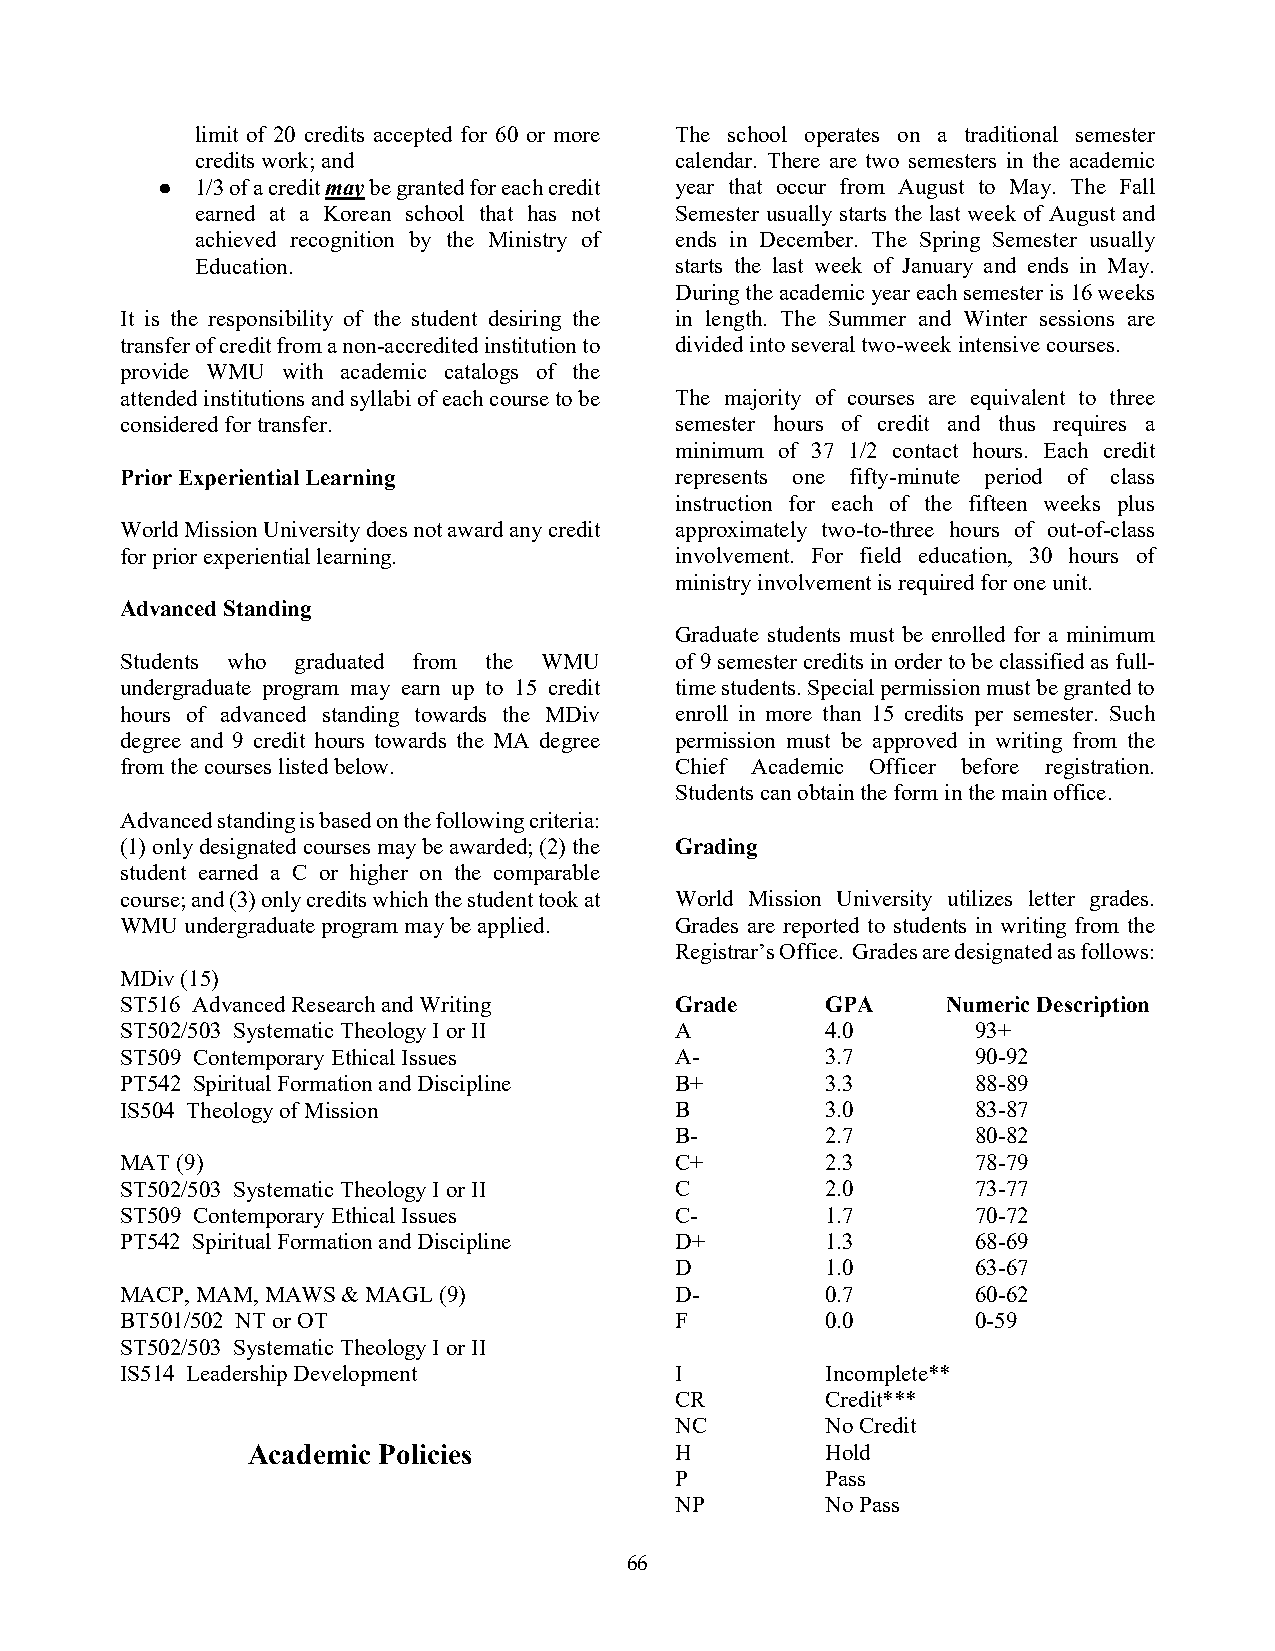
limit of 20 credits accepted for 60 or more The school operates on a traditional semester
 credits work; and               calendar. There are two semesters in the academic
 ●  1/3 of a credit may be granted for each credit year that occur from August to May. The Fall
 earned at a Korean school that has not Semester usually starts the last week of August and
 achieved recognition by the Ministry of ends in December. The Spring Semester usually
 Education.                      starts the last week of January and ends in May.
 During the academic year each semester is 16 weeks
 It is the responsibility of the student desiring the in length. The Summer and Winter sessions are
 transfer of credit from a non-accredited institution to divided into several two-week intensive courses.
 provide WMU with academic catalogs of the
 attended institutions and syllabi of each course to be The majority of courses are equivalent to three
 considered for transfer.             semester hours of credit and thus requires a
 minimum of 37 1/2 contact hours. Each credit
 Prior Experiential Learning          represents one fifty-minute period of class
 instruction for each of the fifteen weeks plus
 World Mission University does not award any credit approximately two-to-three hours of out-of-class
 for prior experiential learning.     involvement. For field education, 30 hours of
 ministry involvement is required for one unit.
 Advanced Standing
 Graduate students must be enrolled for a minimum
 Students who graduated from the WMU  of 9 semester credits in order to be classified as full-
 undergraduate program may earn up to 15 credit time students. Special permission must be granted to
 hours of advanced standing towards the MDiv enroll in more than 15 credits per semester. Such
 degree and 9 credit hours towards the MA degree permission must be approved in writing from the
 from the courses listed below.       Chief Academic Officer before registration.
 Students can obtain the form in the main office.
 Advanced standing is based on the following criteria:
 (1) only designated courses may be awarded; (2) the Grading
 student earned a C or higher on the comparable
 course; and (3) only credits which the student took at World Mission University utilizes letter grades.
 WMU undergraduate program may be applied. Grades are reported to students in writing from the
 Registrar’s Office. Grades are designated as follows:
 MDiv (15)
 ST516 Advanced Research and Writing  Grade     GPA     Numeric Description
 ST502/503 Systematic Theology I or II A        4.0       93+
 ST509 Contemporary Ethical Issues    A-        3.7       90-92
 PT542 Spiritual Formation and Discipline B+    3.3       88-89
 IS504 Theology of Mission            B         3.0       83-87
 B-        2.7       80-82
 MAT (9)                              C+        2.3       78-79
 ST502/503 Systematic Theology I or II C        2.0       73-77
 ST509 Contemporary Ethical Issues    C-        1.7       70-72
 PT542 Spiritual Formation and Discipline D+    1.3       68-69
 D         1.0       63-67
 MACP, MAM, MAWS & MAGL (9)           D-        0.7       60-62
 BT501/502 NT or OT                   F         0.0       0-59
 ST502/503 Systematic Theology I or II
 IS514 Leadership Development         I         Incomplete**
 CR        Credit***
 NC        No Credit
 Academic Policies            H         Hold
 P         Pass
 NP        No Pass
 66